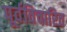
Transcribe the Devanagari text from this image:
पूर्वविचारित